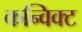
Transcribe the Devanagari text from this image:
कन्विक्ट